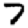
Digit: 7